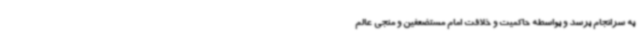
به سرانجام برسد و بواسطه حاکمیت و خلافت امام مستضعفین و منجی عالم